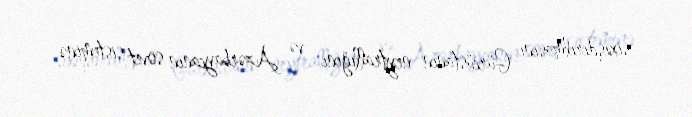
sıxışdırılmasını, Gürcüstanın neytrallığını və Azərbaycanın sovet sisteminə